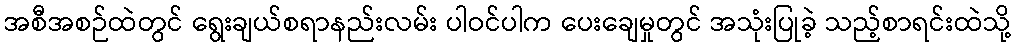
အစီအစဉ်ထဲတွင် ရွေးချယ်စရာနည်းလမ်း ပါဝင်ပါက ပေးချေမှုတွင် အသုံးပြုခဲ့ သည့်စာရင်းထဲသို့